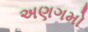
અણગમો